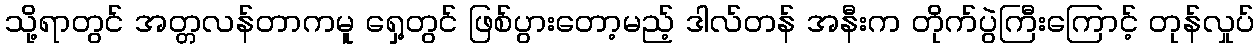
သို့ရာတွင် အတ္တလန်တာကမူ ရှေ့တွင် ဖြစ်ပွားတော့မည့် ဒါလ်တန် အနီးက တိုက်ပွဲကြီးကြောင့် တုန်လှုပ်